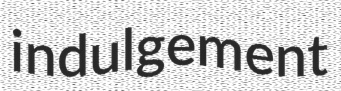
indulgement